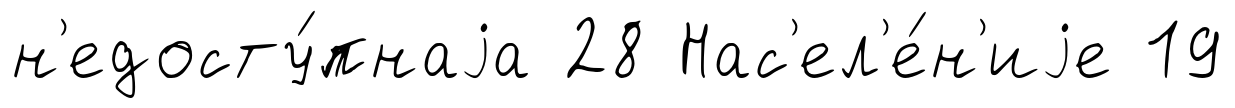
н'едосту́пнаjа 28 Нас'ел'е́н'иjе 19